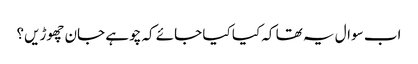
اب سوال یہ تھا کہ کیا کیا جائے کہ چوہے جان چھوڑیں؟